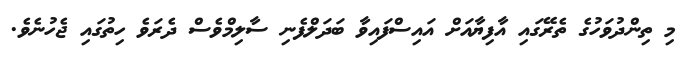
މި ތިންދުވަހުގެ ތެރޭގައި އާފިޔާއަށް އައިސްފައިވާ ބަދަލްފެނި ސާލިމްވެސް ދެރަވެ ހިތުގައި ޖެހުނެވެ.